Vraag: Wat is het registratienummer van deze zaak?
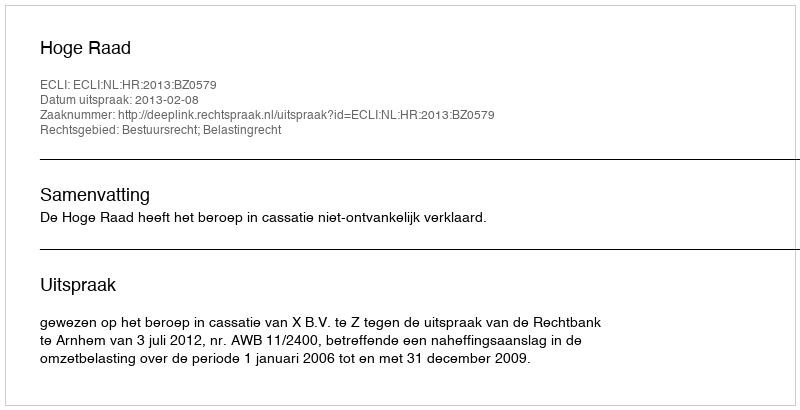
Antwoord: http://deeplink.rechtspraak.nl/uitspraak?id=ECLI:NL:HR:2013:BZ0579